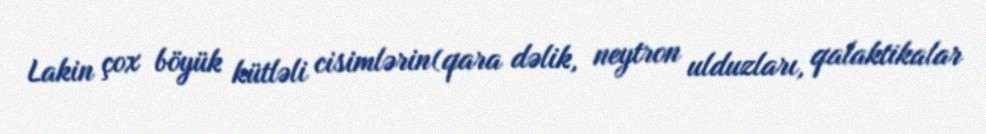
Lakin çox böyük kütləli cisimlərin(qara dəlik, neytron ulduzları, qalaktikalar